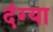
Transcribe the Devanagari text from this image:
दंग्या